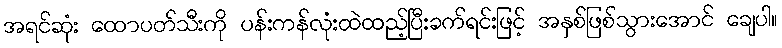
အရင်ဆုံး ထောပတ်သီးကို ပန်းကန်လုံးထဲထည့်ပြီးခက်ရင်းဖြင့် အနှစ်ဖြစ်သွားအောင် ချေပါ။